Scottish Leaving Certificate Examination, 1952
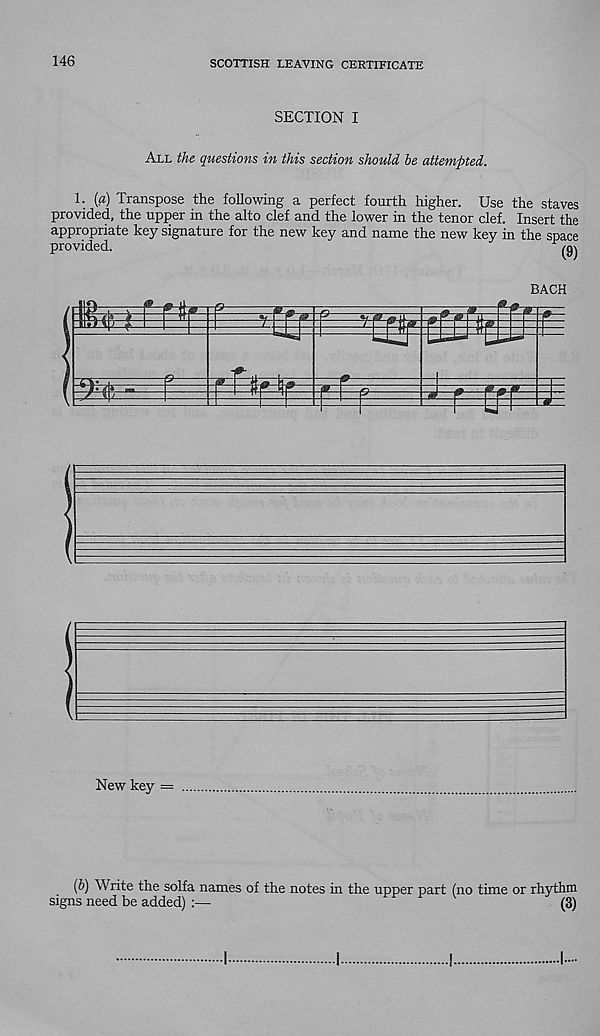
146
SCOTTISH LEAVING CERTIFICATE
SECTION I
All the questions in this section should be attempted.
1. (a) Transpose the following a perfect fourth higher. Use the staves
provided, the upper in the alto clef and the lower in the tenor clef. Insert the
appropriate key signature for the new key and name the new key in the space
provided.
BACH
New key =
(6) Write the solfa names of the notes in the upper part (no time or rhythm
signs need be added) :—
(3)